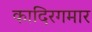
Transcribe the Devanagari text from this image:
कादिरगमार